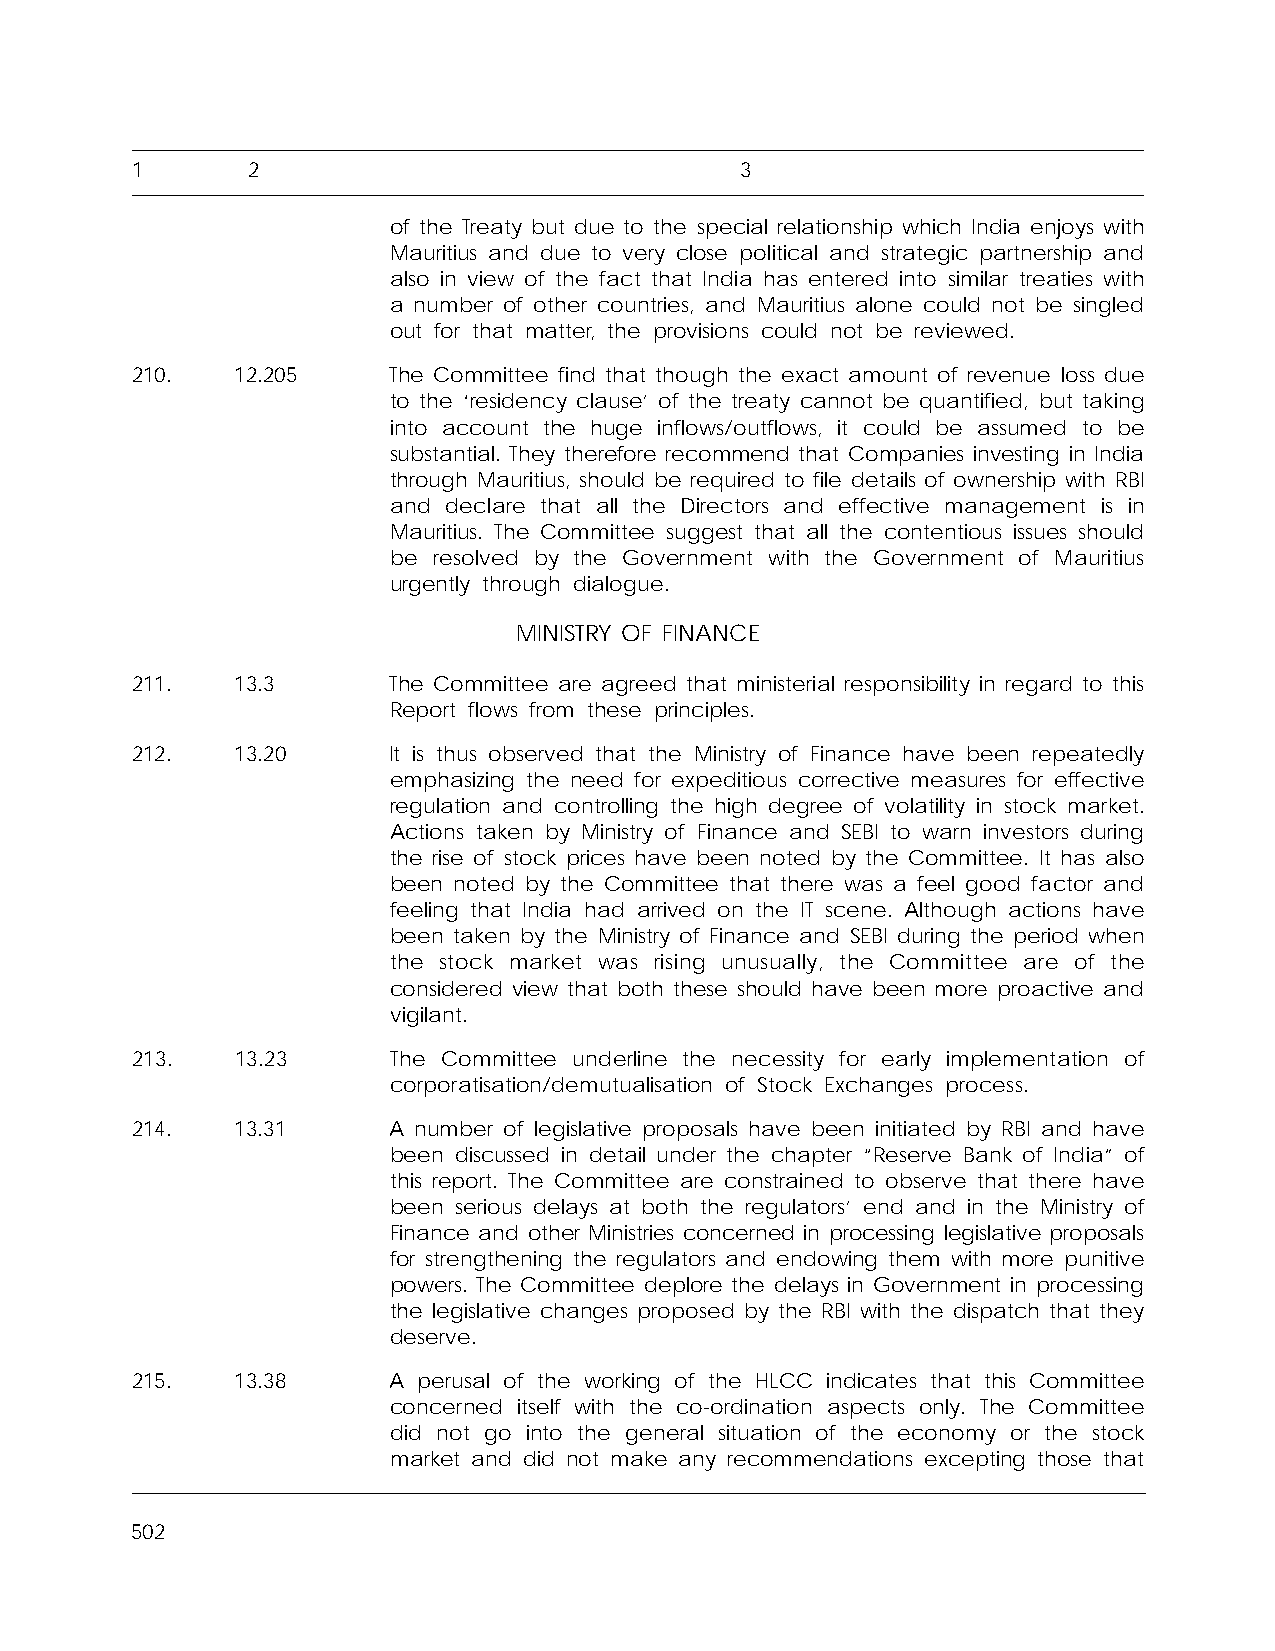
1      2                                3
 of the Treaty but due to the special relationship which India enjoys with
 Mauritius and due to very close political and strategic partnership and
 also in view of the fact that India has entered into similar treaties with
 a number of other countries, and Mauritius alone could not be singled
 out for that matter, the provisions could not be reviewed.
 210.   12.205    The Committee find that though the exact amount of revenue loss due
 to the ‘residency clause’ of the treaty cannot be quantified, but taking
 into account the huge inflows/outflows, it could be assumed to be
 substantial. They therefore recommend that Companies investing in India
 through Mauritius, should be required to file details of ownership with RBI
 and declare that all the Directors and effective management is in
 Mauritius. The Committee suggest that all the contentious issues should
 be resolved by the Government with the Government of Mauritius
 urgently through dialogue.
 MINISTRY OF FINANCE
 211.   13.3      The Committee are agreed that ministerial responsibility in regard to this
 Report flows from these principles.
 212.   13.20     It is thus observed that the Ministry of Finance have been repeatedly
 emphasizing the need for expeditious corrective measures for effective
 regulation and controlling the high degree of volatility in stock market.
 Actions taken by Ministry of Finance and SEBI to warn investors during
 the rise of stock prices have been noted by the Committee. It has also
 been noted by the Committee that there was a feel good factor and
 feeling that India had arrived on the IT scene. Although actions have
 been taken by the Ministry of Finance and SEBI during the period when
 the stock market was rising unusually, the Committee are of the
 considered view that both these should have been more proactive and
 vigilant.
 213.   13.23     The Committee underline the necessity for early implementation of
 corporatisation/demutualisation of Stock Exchanges process.
 214.   13.31     A number of legislative proposals have been initiated by RBI and have
 been discussed in detail under the chapter “Reserve Bank of India” of
 this report. The Committee are constrained to observe that there have
 been serious delays at both the regulators’ end and in the Ministry of
 Finance and other Ministries concerned in processing legislative proposals
 for strengthening the regulators and endowing them with more punitive
 powers. The Committee deplore the delays in Government in processing
 the legislative changes proposed by the RBI with the dispatch that they
 deserve.
 215.   13.38     A perusal of the working of the HLCC indicates that this Committee
 concerned itself with the co-ordination aspects only. The Committee
 did not go into the general situation of the economy or the stock
 market and did not make any recommendations excepting those that
 502